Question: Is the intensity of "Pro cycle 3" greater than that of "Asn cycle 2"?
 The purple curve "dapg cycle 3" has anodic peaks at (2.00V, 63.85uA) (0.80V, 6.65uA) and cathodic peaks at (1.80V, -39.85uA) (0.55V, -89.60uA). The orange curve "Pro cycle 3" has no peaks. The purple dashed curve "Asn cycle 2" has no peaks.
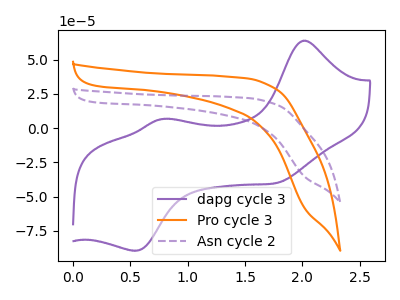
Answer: <think>Neither "Pro cycle 3" or "Asn cycle 2" have any peaks.
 </think>
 <answer>I cant tell if "Pro cycle 3" or "Asn cycle 2" has more signal.</answer>
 <eval>mixed_signal</eval>